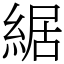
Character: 䋧